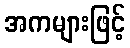
အကများဖြင့်